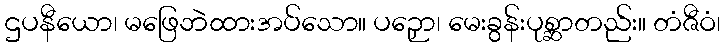
ဌပနီယော၊ မဖြေဘဲထားအပ်သော။ ပဉှော၊ မေးခွန်းပုစ္ဆာတည်း။ တံဇီဝံ၊